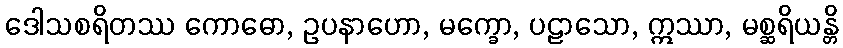
ဒေါသစရိတဿ ကောဓော, ဥပနာဟော, မက္ခော, ပဠာသော, ဣဿာ, မစ္ဆရိယန္တိ